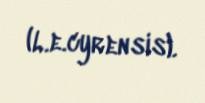
(L.e.cyrensis).